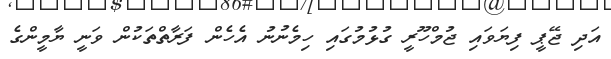
އަދި ޖޭޕީ ފިޔަވައި ޖުމްހޫރީ ގުޅުމުގައި ހިމެނުނު އެހެން ފަރާތްތަކުން ވަނީ ޔާމީންގެ